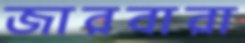
জারবারা